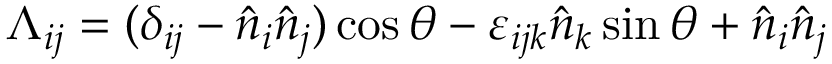
\Lambda _ { i j } = ( \delta _ { i j } - { \hat { n } } _ { i } { \hat { n } } _ { j } ) \cos \theta - \varepsilon _ { i j k } { \hat { n } } _ { k } \sin \theta + { \hat { n } } _ { i } { \hat { n } } _ { j }